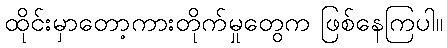
ထိုင်းမှာတော့ကားတိုက်မှုတွေက ဖြစ်နေကြပါ။